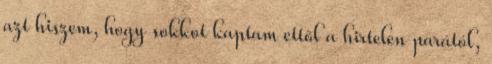
azt hiszem, hogy sokkot kaptam ettől a hirtelen parától,